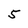
Character: 5